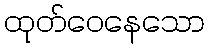
ထုတ်ဝေနေသော